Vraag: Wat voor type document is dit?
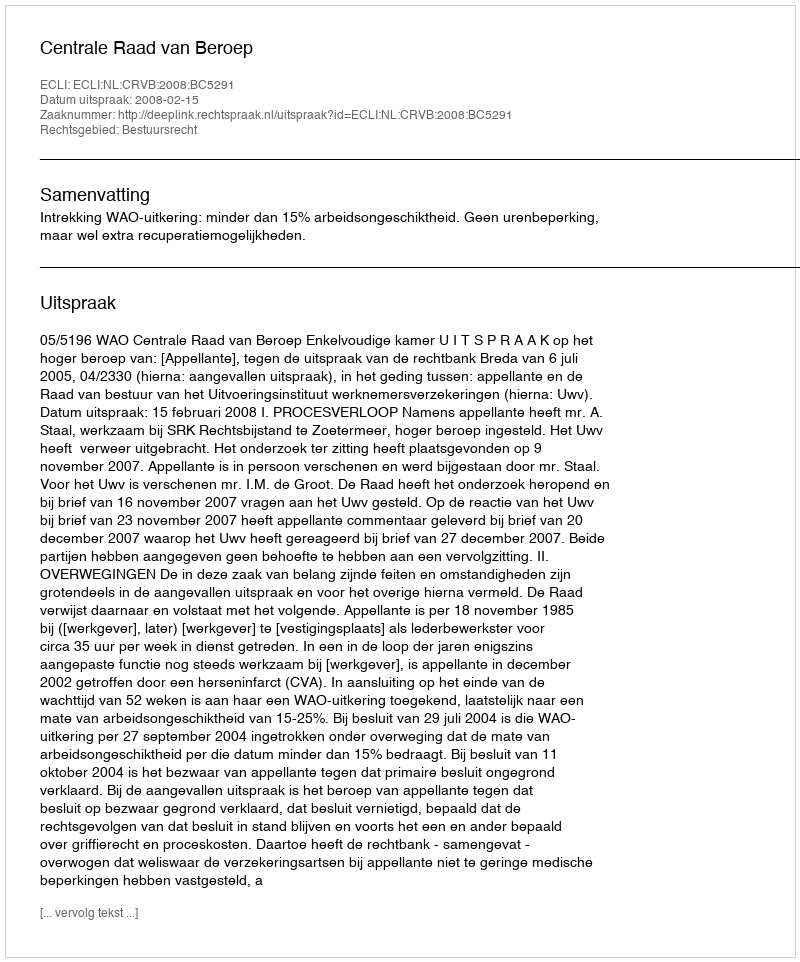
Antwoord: Uitspraak